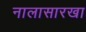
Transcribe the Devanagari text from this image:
नालासारखा